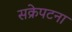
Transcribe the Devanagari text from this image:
सक्रेपटना